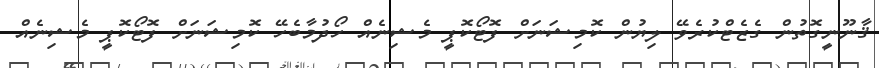
ޤާނޫނީގޮތުން ގެޒެޓްކުރެވޭ ލިޔުން ކޮމިޝަނަށް ފޮޓޯކޮޕީ މެޝިނެއް ހޯދުމާބެހޭ ކޮމިޝަނަށް ފޮޓޯކޮޕީ މެޝިނެއް